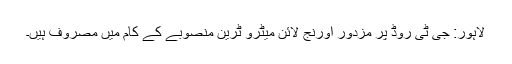
لاہور: جی ٹی روڈ پر مزدور اورنج لائن میٹرو ٹرین منصوبے کے کام میں مصروف ہیں۔